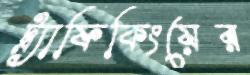
ট্র্যাফিকিংয়ের